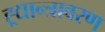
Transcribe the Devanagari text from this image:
ह्र्द्यान्त्रावरण